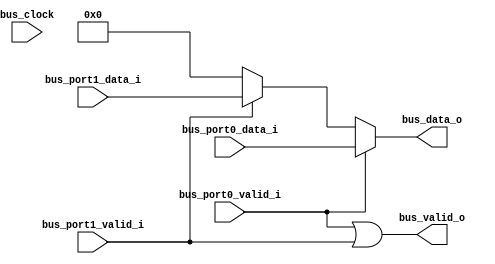
`timescale 1ns/100ps

module W0RM_Peripheral_Bus_Extender #(
  parameter DATA_WIDTH  = 32,
  parameter ADD_REGS    = 0
)(
  input wire                    bus_clock,
  
  input wire                    bus_port0_valid_i,
  input wire  [DATA_WIDTH-1:0]  bus_port0_data_i,
  
  input wire                    bus_port1_valid_i,
  input wire  [DATA_WIDTH-1:0]  bus_port1_data_i,
  
  output wire                   bus_valid_o,
  output wire [DATA_WIDTH-1:0]  bus_data_o
);
  // Common operation
  reg   [DATA_WIDTH-1:0]  bus_data_o_r = 0;
  reg                     bus_valid_o_r = 0;
  
  always @(bus_port0_valid_i, bus_port1_valid_i, bus_port0_data_i, bus_port1_data_i)
  begin
    bus_valid_o_r   = bus_port0_valid_i || bus_port1_valid_i;
    if (bus_port0_valid_i)
    begin
      bus_data_o_r  = bus_port0_data_i;
    end
    else if (bus_port1_valid_i)
    begin
      bus_data_o_r  = bus_port1_data_i;
    end
    else
    begin
      bus_data_o_r  = {DATA_WIDTH{1'b0}};
    end
  end
  
  generate
    if (ADD_REGS)
    begin
      // Add a register between the inputs and output
      reg                   bus_valid_o_r1 = 0;
      reg [DATA_WIDTH-1:0]  bus_data_o_r1 = 0;
      
      always @(posedge bus_clock)
      begin
        bus_valid_o_r1 <= bus_data_o_r;
        bus_data_o_r1  <= bus_data_o_r1;
      end
      
      assign bus_valid_o = bus_valid_o_r1;
      assign bus_data_o = bus_data_o_r1;
    end
    else
    begin
      // Pass through (mux) the data on the bus
      assign bus_valid_o = bus_valid_o_r;
      assign bus_data_o = bus_data_o_r;
    end
  endgenerate
  

endmodule